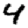
Digit: 4